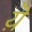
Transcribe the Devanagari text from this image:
य़ॆ